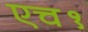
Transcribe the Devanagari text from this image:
एच१